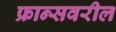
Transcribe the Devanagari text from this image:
फ्रान्सवरील